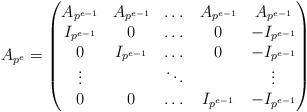
\begin{align*} A_{p^e} = \left(\begin{matrix} A_{p^{e-1}} & A_{p^{e-1}} & \dots & A_{p^{e-1}} & A_{p^{e-1}} \\ I_{p^{e-1}} & 0 & \dots & 0 & -I_{p^{e-1}} \\ 0 & I_{p^{e-1}} & \dots & 0 & -I_{p^{e-1}} \\ \vdots & &\ddots & & \vdots\\ 0 & 0 & \dots & I_{p^{e-1}} & -I_{p^{e-1}} \end{matrix}\right)\end{align*}